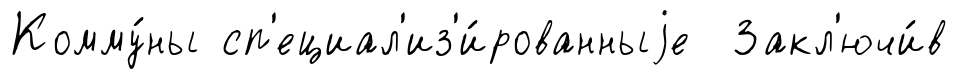
Комму́ны сп'ециал'из'и́рованныjе Закл'ючи́в